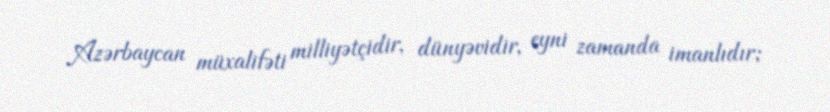
Azərbaycan müxalifəti milliyətçidir, dünyəvidir, eyni zamanda imanlıdır;